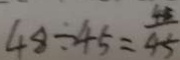
4 8 \div 4 5 = \frac { 4 8 } { 4 5 }